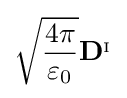
{\sqrt {\frac {4\pi }{\varepsilon _{0}}}}\mathbf {D} ^{_{\mathrm {I} }}